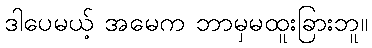
ဒါပေမယ့် အမေက ဘာမှမထူးခြားဘူ။